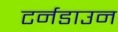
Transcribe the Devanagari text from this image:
टर्नडाउन